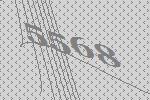
5568